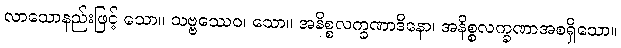
လာသောနည်းဖြင့် သော။ သဗ္ဗဿေဝ၊ သော။ အနိစ္စလက္ခဏာဒိနော၊ အနိစ္စလက္ခဏာအစရှိသော။